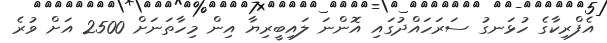
އެފްރިކާގެ ހުޅަނގު ސަރަހައްދުގައި އޮންނަ ލައިބީރިޔާ އިން މިހާތަނަށް 2500 އަށް ވުރެ